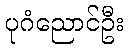
ပုဂံညောင်ဦး